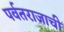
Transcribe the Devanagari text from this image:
पर्वतराजाची